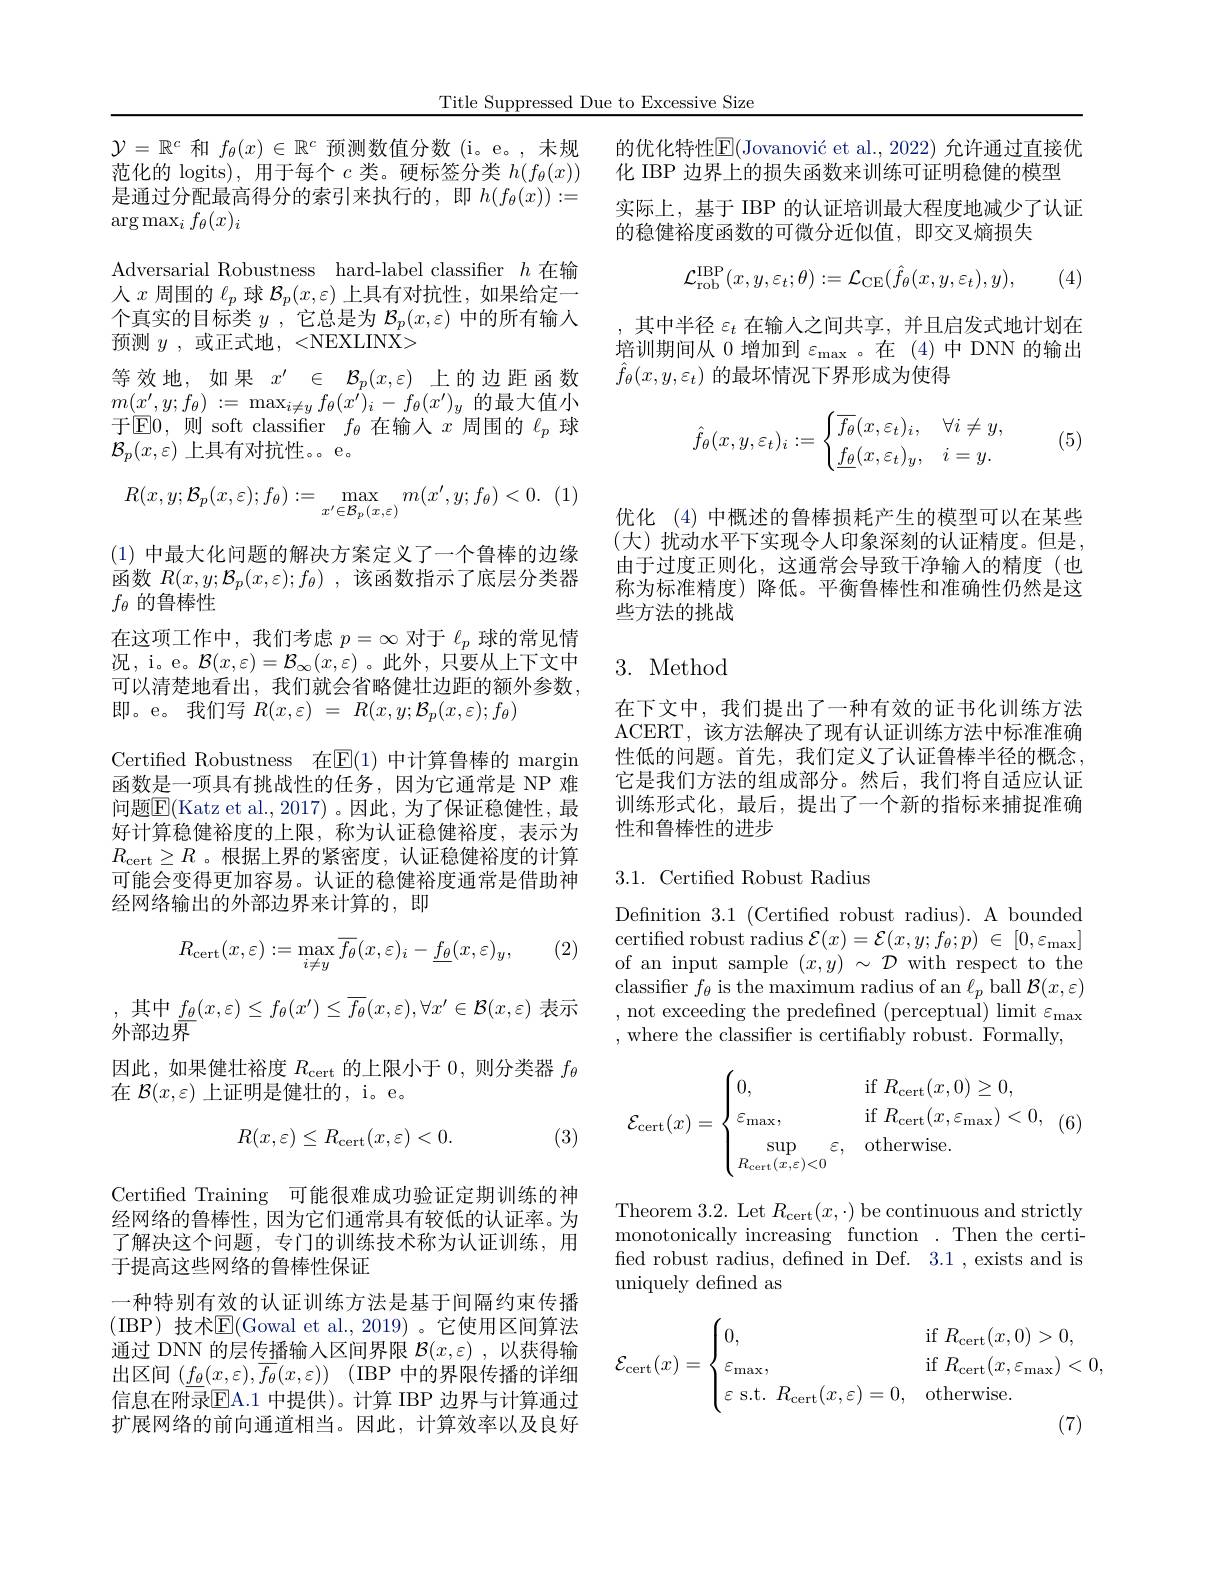
Title Suppressed Due to Excessive Size

$\mathcal{Y}=\mathbb{R}^c$和$f_\theta(x)\in\mathbb{R}^c$预测数值分数(i。e。,未规范化的 logits), 用于每个$c$类。硬标签分类$h(f_\theta(x))$ 是通过分配最高得分的索引来执行的，即$h(f_\theta(x)):=$ $\arg\max_if_\theta(x)_i$
Adversarial Robustness hard-label classifier $h$在输人$x$周围的$\ell_p$球$\mathcal{B}_p(x,\varepsilon)$上具有对抗性，如果给定一个真实的目标类$y$ ,它总是为$\mathcal{B}_p(x,\varepsilon)$中的所有输入预测$y$ ,或正式地，<NEXLINX>
等效地，如果$x^\prime\in\mathcal{B}_p(x,\varepsilon)$上的边距函数$m(x^{\prime},y;f_{\theta}):=\max_{i\neq y}f_{\theta}(x^{\prime})_{i}-f_{\theta}(x^{\prime})_{y}$的最大值小于$\boxed{\mathrm{E}}0,则$ soft classifier $f_\theta$在输入$x$周围的$\ell_p$球$\mathcal{B}_p(x,\varepsilon)$上具有对抗性。。e。
$$R(x,y;\mathcal{B}_p(x,\varepsilon);f_\theta):=\max_{x'\in\mathcal{B}_p(x,\varepsilon)}m(x',y;f_\theta)<0.$$
(1)中最大化问题的解决方案定义了一个鲁棒的边缘函数$R( x, y; \mathcal{B} _p( x, \varepsilon ) ; f_\theta )$ ,该函数指示了底层分类器$f_{\theta}$的鲁棒性
在这项工作中，我们考虑$p=\infty$对于$\ell_p$球的常见情况，i。e。$\mathcal{B}(x,\varepsilon)=\mathcal{B}_\infty(x,\varepsilon)$。此外，只要从上下文中可以清楚地看出，我们就会省略健壮边距的额外参数， 即。e。我们写$R( x, \varepsilon )$ = $R( x, y; \mathcal{B} _p( x, \varepsilon ) ; f_\theta )$
Certified Robustness 在$\mathbb{E}(1)$ 中计算鲁棒的 margin 函数是一项具有挑战性的任务，因为它通常是 NP 难问题$\boxed{\mathrm{F}}($Katz et al.,2017)。因此，为了保证稳健性，最好计算稳健裕度的上限，称为认证稳健裕度，表示为$R_{\mathrm{cert}}\geq R$ 。根据上界的紧密度，认证稳健裕度的计算可能会变得更加容易。认证的稳健裕度通常是借助神经网络输出的外部边界来计算的，即
(2)
$$R_{\text{cert}}(x,\varepsilon):=\max_{i\neq y}\overline{f_\theta}(x,\varepsilon)_i-\underline{f_\theta}(x,\varepsilon)_y,$$
,其中$\mathop{f_{\theta}}(x,\varepsilon)\leq f_{\theta}(x^{\prime})\leq\overline{f_{\theta}}(x,\varepsilon),\forall x^{\prime}\in\mathcal{B}(x,\varepsilon)$ 表示
外部边界
因此，如果健壮裕度$R_\mathrm{cert}$的上限小于 0,则分类器$f_\theta$
在$\mathcal{B}(x,\varepsilon)$上证明是健壮的，i。e。
$$R(x,\varepsilon)\leq R_{\mathrm{cert}}(x,\varepsilon)<0.$$
(3)

Certified Training 可能很难成功验证定期训练的神经网络的鲁棒性，因为它们通常具有较低的认证率。为了解决这个问题，专门的训练技术称为认证训练，用于提高这些网络的鲁棒性保证
一种特别有效的认证训练方法是基于间隔约束传播(IBP)技术$\overline{\mathrm{E}}($Gowal et al.,2019)。它使用区间算法通过 DNN 的层传播输入区间界限$\mathcal{B}(x,\varepsilon)$ ,以获得输出区间$( \underline {f_\theta }( x, \varepsilon ) , \overline {f_\theta }( x, \varepsilon ) )$ (IBP 中的界限传播的详细信息在附录$\overline{\mathrm{E}}$A.1 中提供)。计算 IBP 边界与计算通过扩展网络的前向通道相当。因此，计算效率以及良好

的优化特性$\mathbb{E} ( \text{Jovanovi\' {c}etal. , 2022) 允 许 通 过 直 接 优 }$
化 IBP 边界上的损失函数来训练可证明稳健的模型
实际上，基于 IBP 的认证培训最大程度地减少了认证
的稳健裕度函数的可微分近似值，即交叉熵损失
$$\mathcal{L}_{\mathrm{rob}}^{\mathrm{IBP}}(x,y,\varepsilon_{t};\theta):=\mathcal{L}_{\mathrm{CE}}(\hat{f}_{\theta}(x,y,\varepsilon_{t}),y),$$
(4)

其中半径$\varepsilon_t$在输人之间共享，并且启发式地计划在培训期间从0增加到$\varepsilon_\mathrm{max}$。在(4)中DNN 的输出$\hat{f}_\theta(x,y,\varepsilon_t)$的最坏情况下界形成为使得
$$\hat{f}_\theta(x,y,\varepsilon_t)_i:=\begin{cases}\overline{f_\theta}(x,\varepsilon_t)_i,&\forall i\neq y,\\\underline{f_\theta}(x,\varepsilon_t)_y,&i=y.\end{cases}$$
(5)

优化 (4) 中概述的鲁棒损耗产生的模型可以在某些(大)扰动水平下实现令人印象深刻的认证精度。但是， 由于过度正则化，这通常会导致干净输入的精度(也称为标准精度)降低。平衡鲁棒性和准确性仍然是这些方法的挑战

### 3. Method

在下文中，我们提出了一种有效的证书化训练方法ACERT, 该方法解决了现有认证训练方法中标准准确性低的问题。首先，我们定义了认证鲁棒半径的概念， 它是我们方法的组成部分。然后，我们将自适应认证训练形式化，最后，提出了一个新的指标来捕捉准确性和鲁棒性的进步

## 3.1. Certifed Robust Radius

Defnition 3.1 (Certified robust radius). A bounded certified robust radius $\mathcal{E} ( x) = \mathcal{E} ( x, y; f_\theta ; p)$ $\in$ $[ 0, \varepsilon _{\max }]$ of an input sample $(x,y)\sim\mathcal{D}$ with respect to the classifier $f_\theta$ is the maximum radius of an $\ell_p$ ball $\mathcal{B}(x,\varepsilon)$ , not exceeding the predefined ( perceptual) limit $\varepsilon _{max}$ , where the classifier is certifiably robust. Formally,

$(t$
$$\mathcal{E}_{\text{cert}}(x)=\begin{cases}0,&\text{if}R_{\text{cert}}(x,0)\geq0,\\\varepsilon_{\text{max}},&\text{if}R_{\text{cert}}(x,\varepsilon_{\text{max}})<0,\\\sup\limits_{R_{\text{cert}}(x,\varepsilon)<0}\varepsilon,&\text{otherwise}.\end{cases}$$
Theorem 3.2. Let $R_\mathrm{cert}(x,\cdot)$ be continuous and strictly monotonically increasing function .Then the certifed robust radius, defined in Def. 3.1 , exists and is uniquely defined as
$$\mathcal{E}_{\text{cert}}(x)=\begin{cases}0,&\text{if}\:R_{\text{cert}}(x,0)>0,\\\varepsilon_{\text{max}},&\text{if}\:R_{\text{cert}}(x,\varepsilon_{\text{max}})<0,\\\varepsilon\text{s.t.}\:R_{\text{cert}}(x,\varepsilon)=0,&\text{otherwise.}\end{cases}$$